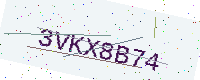
Text: 3VKX8B74